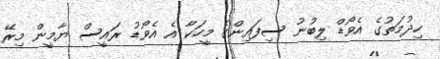
ހިދުމަތުގެ އެވޯޑް ލިބުނު ސިފައިންގެ މީހަކާ އެ އެވޯޑު ރައީސް ޔާމީން މިރޭ